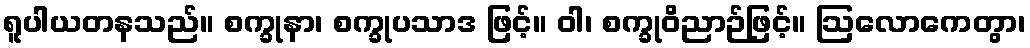
ရူပါယတနသည်။ စက္ခုနာ၊ စက္ခုပသာဒ ဖြင့်။ ဝါ၊ စက္ခုဝိညာဉ်ဖြင့်။ ဩလောကေတွာ၊